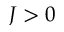
J > 0